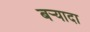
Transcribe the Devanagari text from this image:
बर्‍यादा